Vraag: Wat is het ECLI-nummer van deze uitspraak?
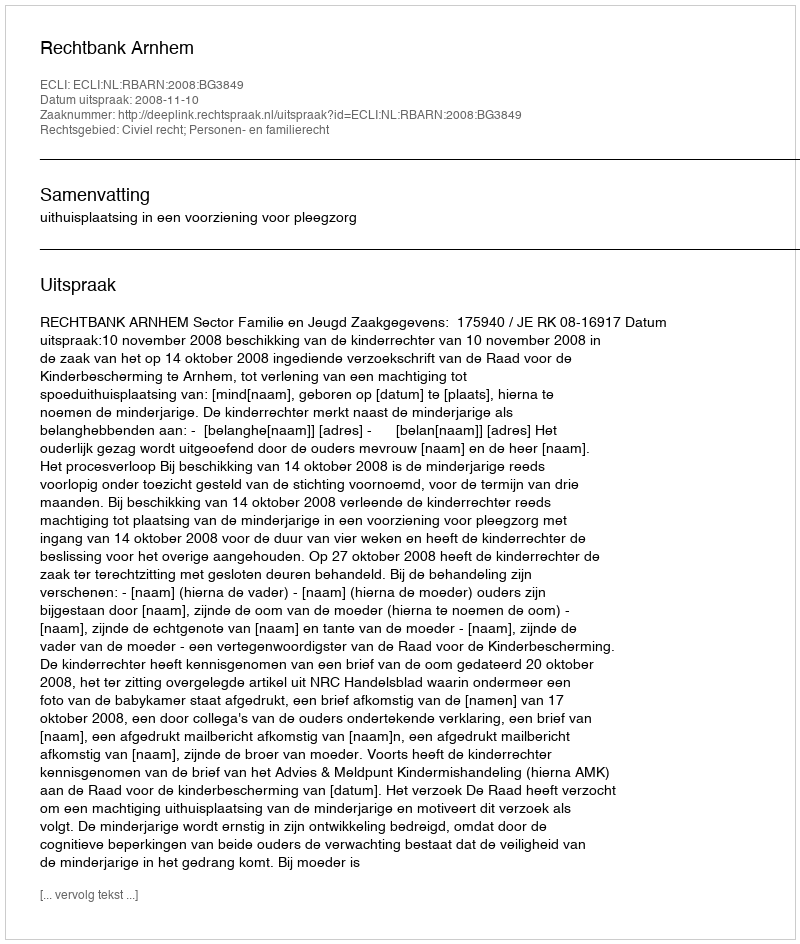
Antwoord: ECLI:NL:RBARN:2008:BG3849